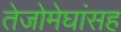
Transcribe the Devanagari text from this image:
तेजोमेघांसह